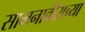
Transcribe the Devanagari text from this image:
सामनावीराच्या